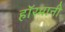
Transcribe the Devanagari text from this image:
हाॅरमानी